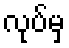
လုပ်မှ